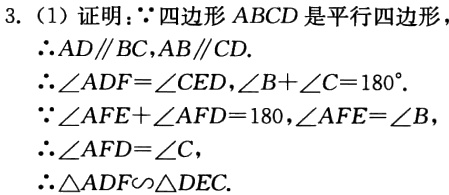
3. (1) 证明：\(\because\)四边形 \(ABCD\) 是平行四边形，

\(\therefore AD\parallel BC,AB\parallel CD\).

\(\therefore\angle ADF = \angle CED,\angle B+\angle C = 180^{\circ}\).

\(\because\angle AFE+\angle AFD = 180^{\circ},\angle AFE=\angle B\),

\(\therefore\angle AFD=\angle C\),

\(\therefore\triangle ADF\sim\triangle DEC\).